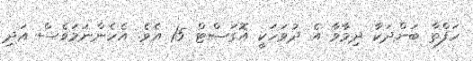
ހަފްތާ ބަންދަކާ ދިމާވާ އެ ދުވަހަކީ އޮގަސްޓް 15 އެވެ. އެހެންނަމަވެސް އަދި